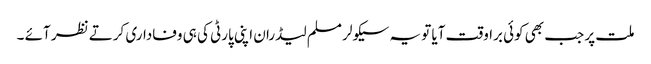
ملت پر جب بھی کوئی براوقت آیا تو یہ سیکولر مسلم لیڈران اپنی پارٹی کی ہی وفاداری کرتے نظر آئے ۔